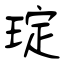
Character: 琔